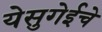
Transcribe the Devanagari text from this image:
येसुगेईचे